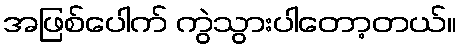
အဖြစ်ပေါက် ကွဲသွားပါတော့တယ်။